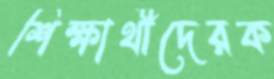
শিক্ষার্থীদেরক